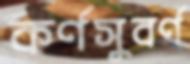
কর্ণসুবর্ণ